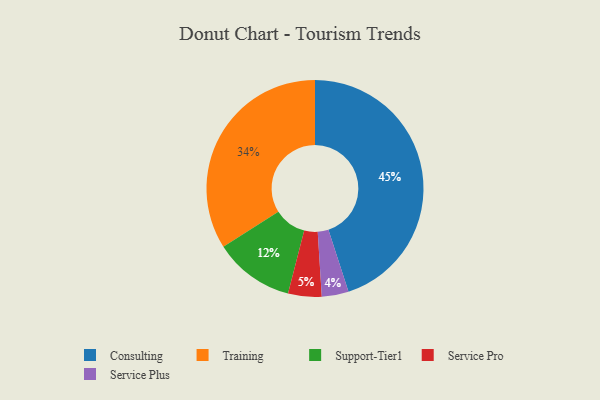
{"axis": {"x": "Category", "y": "Percentage"}, "legend": ["Consulting", "Service Plus", "Service Pro", "Support-Tier1", "Training"], "data": [{"x": "Consulting", "y": 45, "type": "Consulting"}, {"x": "Service Plus", "y": 4, "type": "Service Plus"}, {"x": "Service Pro", "y": 5, "type": "Service Pro"}, {"x": "Training", "y": 34, "type": "Training"}, {"x": "Support-Tier1", "y": 12, "type": "Support-Tier1"}]}